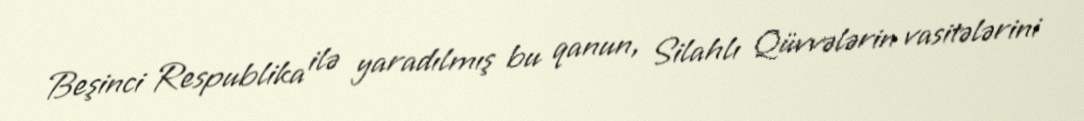
Beşinci Respublika ilə yaradılmış bu qanun, Silahlı Qüvvələrin vasitələrini